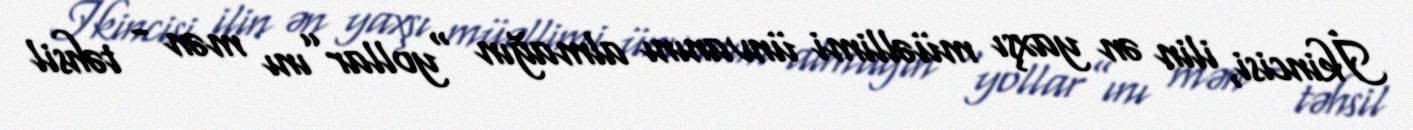
İkincisi, ilin ən yaxşı müəllimi ünvanını almağın “yollar”ını mən - təhsil